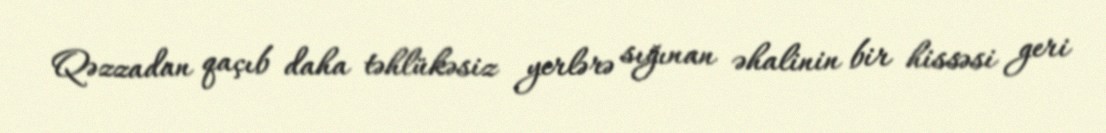
Qəzzadan qaçıb daha təhlükəsiz yerlərə sığınan əhalinin bir hissəsi geri